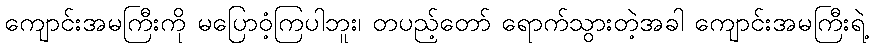
ကျောင်းအမကြီးကို မပြောဝံ့ကြပါဘူး၊ တပည့်တော် ရောက်သွားတဲ့အခါ ကျောင်းအမကြီးရဲ့